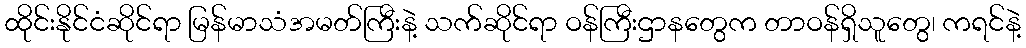
ထိုင်းနိုင်ငံဆိုင်ရာ မြန်မာသံအမတ်ကြီးနဲ့ သက်ဆိုင်ရာ ဝန်ကြီးဌာနတွေက တာဝန်ရှိသူတွေ၊ ကရင်နဲ့